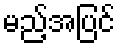
မည့်အပြင်